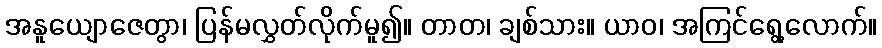
အနူယျောဇေတွာ၊ ပြန်မလွှတ်လိုက်မူ၍။ တာတ၊ ချစ်သား။ ယာဝ၊ အကြင်ရွေ့လောက်။